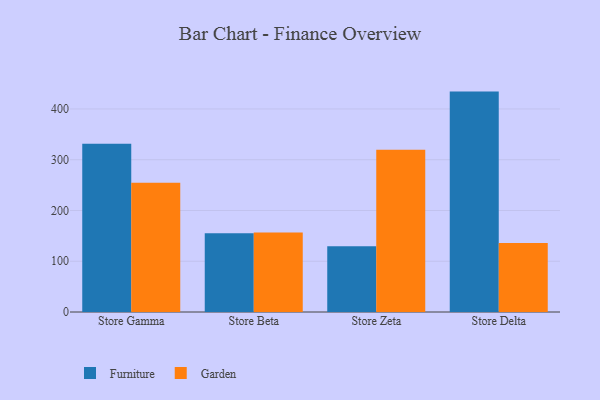
{"axis": {"x": "Store", "y": "Page Views"}, "legend": ["Furniture", "Garden"], "data": [{"x": "Store Gamma", "y": 331.3, "type": "Furniture"}, {"x": "Store Gamma", "y": 254.5, "type": "Garden"}, {"x": "Store Beta", "y": 154.9, "type": "Furniture"}, {"x": "Store Beta", "y": 156.6, "type": "Garden"}, {"x": "Store Zeta", "y": 129.3, "type": "Furniture"}, {"x": "Store Zeta", "y": 319.6, "type": "Garden"}, {"x": "Store Delta", "y": 434.2, "type": "Furniture"}, {"x": "Store Delta", "y": 136.1, "type": "Garden"}]}